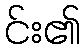
င်း၏